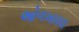
ઓળખાવવા